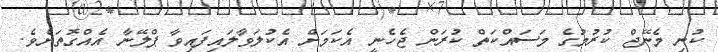
ކުނި މެނޭޖް ކުރުމުގެ މަސައްކަތް ކުރަން ޖެހެނީ އެކަމަށް އެކުލަވާލައިފައިވާ ޕްލޭނާ އެއްގޮތަށެވެ.